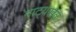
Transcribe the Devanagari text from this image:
नाट्यखेळ